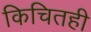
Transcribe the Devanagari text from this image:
किचितही